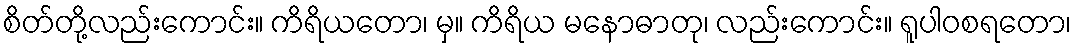
စိတ်တို့လည်းကောင်း။ ကိရိယတော၊ မှ။ ကိရိယ မနောဓာတု၊ လည်းကောင်း။ ရူပါဝစရတော၊